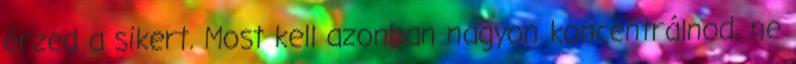
érzed a sikert. Most kell azonban nagyon koncentrálnod, ne